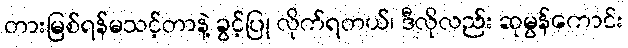
တားမြစ်ရန်မသင့်တာနဲ့ ခွင့်ပြု လိုက်ရတယ်၊ ဒီလိုလည်း ဆုမွန်ကောင်း